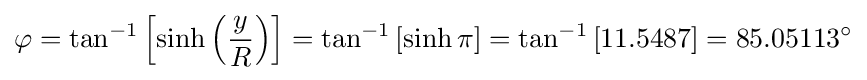
\varphi =\tan ^{-1}\left[\sinh \left({\frac {y}{R}}\right)\right]=\tan ^{-1}\left[\sinh \pi \right]=\tan ^{-1}\left[11.5487\right]=85.05113^{\circ }